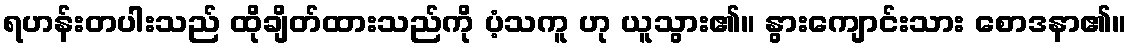
ရဟန်းတပါးသည် ထိုချိတ်ထားသည်ကို ပံ့သကူ ဟု ယူသွား၏။ နွားကျောင်းသား စောဒနာ၏။